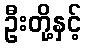
ဦးတို့နှင့်